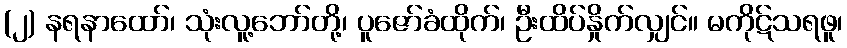
(၂) နရနာထော်၊ သုံးလူ့ဘော်တို့၊ ပူဇော်ခံထိုက်၊ ဦးထိပ်နှိုက်လျှင်။ မကိုဋ်သရဖူ၊